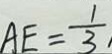
A E = \frac { 1 } { 3 }